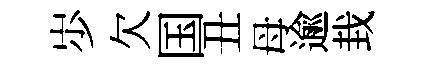
𡵯欠国丑母逾㘽